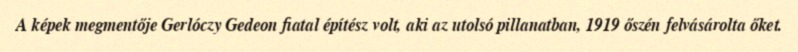
A képek megmentője Gerlóczy Gedeon fiatal építész volt, aki az utolsó pillanatban, 1919 őszén felvásárolta őket.